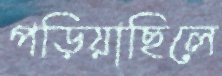
পড়িয়াছিলে